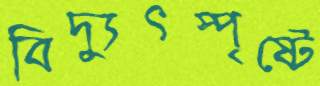
বিদ্যুৎস্পৃষ্টে